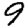
Digit: 9